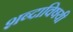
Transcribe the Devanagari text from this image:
शब्दाविषयी